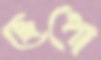
ছেপো